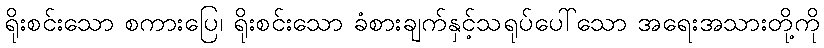
ရိုးစင်းသော စကားပြေ၊ ရိုးစင်းသော ခံစားချက်နှင့်သရုပ်ပေါ်သော အရေးအသားတို့ကို